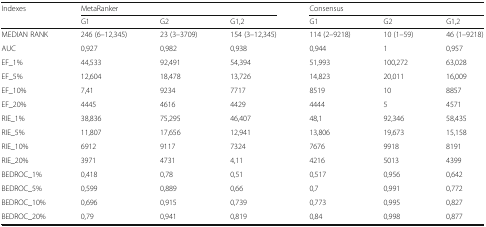
| <ROWSPAN=2> Indexes | <COLSPAN=3> MetaRanker | <COLSPAN=3> Consensus |
 | G1 | G2 | G1,2 | G1 | G2 | G1,2 |
 | --- | --- | --- | --- | --- | --- | --- |
 | MEDIAN RANK | 246 (6–12,345) | 23 (3–3709) | 154 (3–12,345) | 114 (2–9218) | 10 (1–59) | 46 (1–9218) |
 | AUC | 0,927 | 0,982 | 0,938 | 0,944 | 1 | 0,957 |
 | EF_1% | 44,533 | 92,491 | 54,394 | 51,993 | 100,272 | 63,028 |
 | EF_5% | 12,604 | 18,478 | 13,726 | 14,823 | 20,011 | 16,009 |
 | EF_10% | 7,41 | 9234 | 7717 | 8519 | 10 | 8857 |
 | EF_20% | 4445 | 4616 | 4429 | 4444 | 5 | 4571 |
 | RIE_1% | 38,836 | 75,295 | 46,407 | 48,1 | 92,346 | 58,435 |
 | RIE_5% | 11,807 | 17,656 | 12,941 | 13,806 | 19,673 | 15,158 |
 | RIE_10% | 6912 | 9117 | 7324 | 7676 | 9918 | 8191 |
 | RIE_20% | 3971 | 4731 | 4,11 | 4216 | 5013 | 4399 |
 | BEDROC_1% | 0,418 | 0,78 | 0,51 | 0,517 | 0,956 | 0,642 |
 | BEDROC_5% | 0,599 | 0,889 | 0,66 | 0,7 | 0,991 | 0,772 |
 | BEDROC_10% | 0,696 | 0,915 | 0,739 | 0,773 | 0,995 | 0,827 |
 | BEDROC_20% | 0,79 | 0,941 | 0,819 | 0,84 | 0,998 | 0,877 |